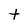
Character: t